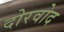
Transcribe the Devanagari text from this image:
दोरवोद